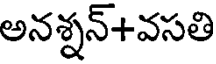
అనశ్నన్+వసతి